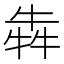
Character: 犇